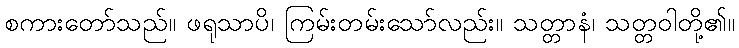
စကားတော်သည်။ ဖရုသာပိ၊ ကြမ်းတမ်းသော်လည်း။ သတ္တာနံ၊ သတ္တဝါတို့၏။